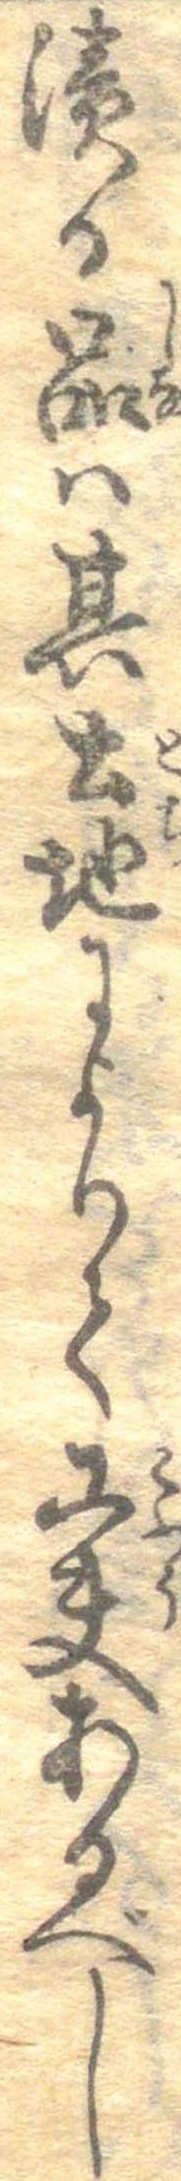
漬る品は其土地によりて工夫あるべし